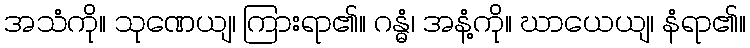
အသံကို။ သုဏေယျ၊ ကြားရာ၏။ ဂန္ဓံ၊ အနံ့ကို။ ဃာယေယျ၊ နံရာ၏။